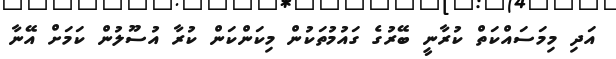
އަދި މިމަސައްކަތް ކުރާނީ ބޭރުގެ ގައުމުތަކުން މިކަންކަން ކުރާ އުސޫލުން ކަމަށް އޭނާ